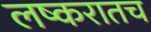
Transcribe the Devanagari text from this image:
लष्करातच